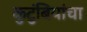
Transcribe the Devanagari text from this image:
कुटुंबियांचा